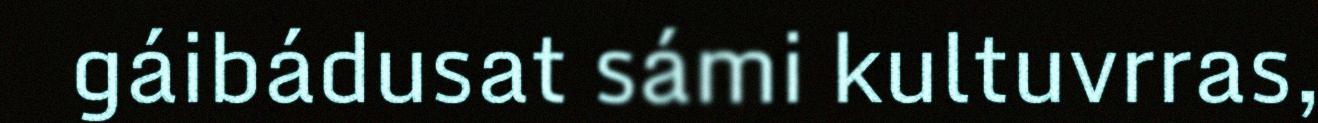
gáibádusat sámi kultuvrras,